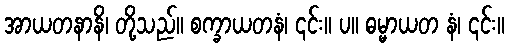
အာယတနာနိ၊ တို့သည်။ စက္ခာယတနံ၊ ၎င်း။ ပ။ ဓမ္မာယတ နံ၊ ၎င်း။